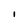
Character: I